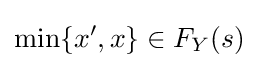
\min\{x',x\}\in F_{Y}(s)